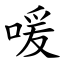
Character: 喛